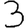
Digit: 3